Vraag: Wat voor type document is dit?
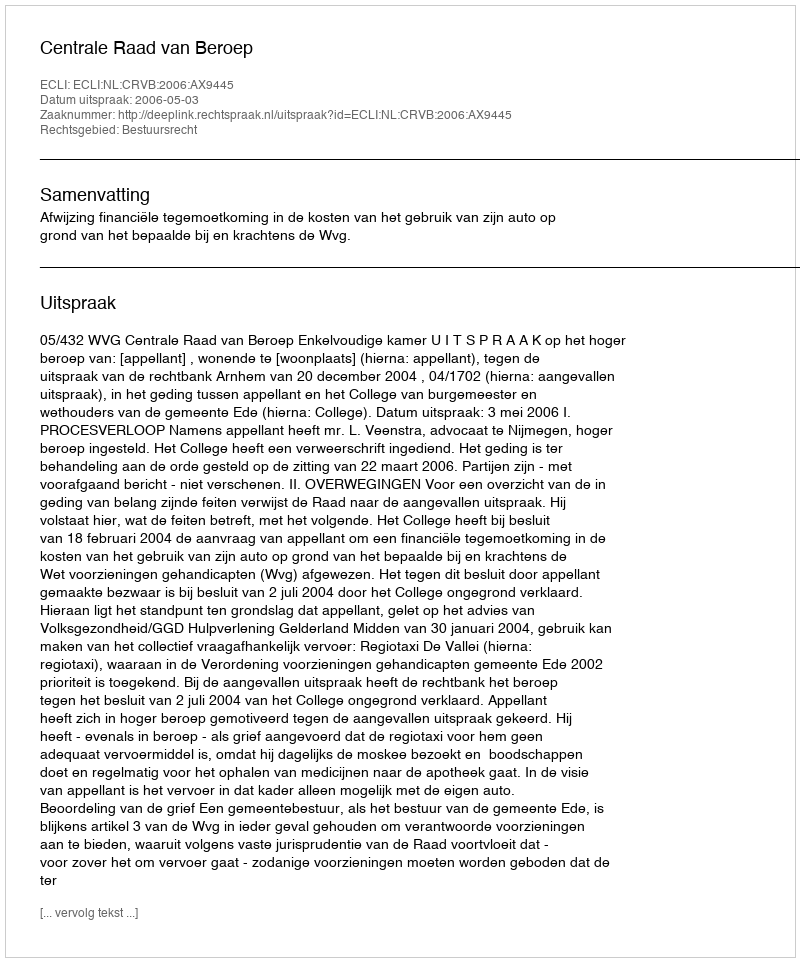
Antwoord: Uitspraak